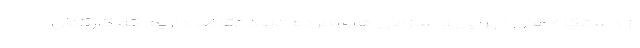
از دستگاه های اجرایی و سازمان های مردم نهاد تقاضا داریم که کارکنان